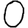
Digit: 0